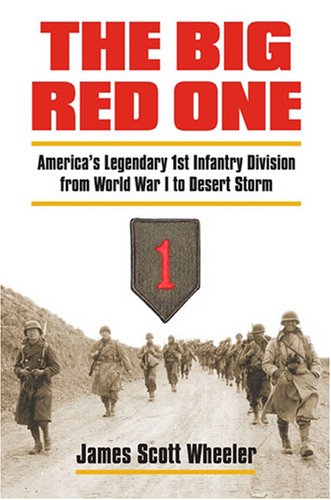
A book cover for The Big Red One: America's Legendary 1st Infantry Division from World War I to Desert Storm (Modern War Studies); James Scott Wheeler; History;